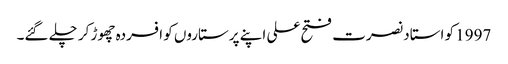
1997 کو استاد نصرت فتح علی اپنے پرستاروں کو افسردہ چھوڑ کر چلے گئے۔